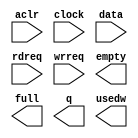
module altbramfifo_w9_d512 (
	aclr,
	clock,
	data,
	rdreq,
	wrreq,
	empty,
	full,
	q,
	usedw);

	input	  aclr;
	input	  clock;
	input	[8:0]  data;
	input	  rdreq;
	input	  wrreq;
	output	  empty;
	output	  full;
	output	[8:0]  q;
	output	[8:0]  usedw;

endmodule